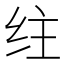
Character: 𰬇